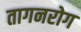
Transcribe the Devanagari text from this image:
तागनरोग